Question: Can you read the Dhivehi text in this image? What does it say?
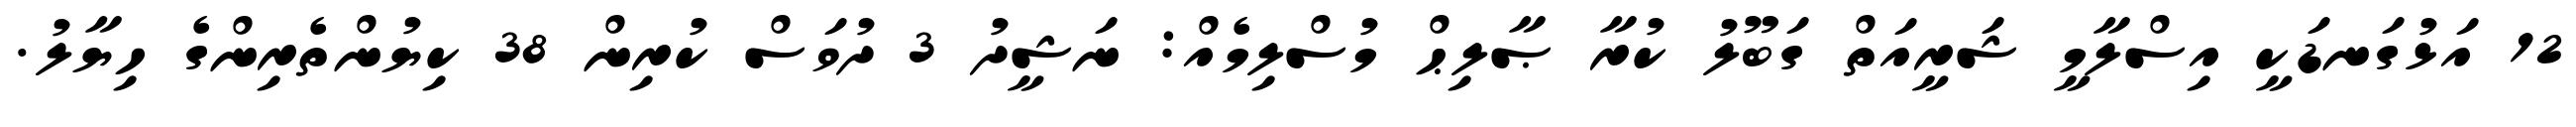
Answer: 12 އަޅުގަނޑަކީ އިސްލާމީ ޝަރީއަތް ގަބޫލު ކުރާ ޞާލިޙް މުސްލިމެއް: ނަޝީދު 3 ދުވަސް ކުރިން 38 ކިޔުންތެރިންގެ ހިޔާލު.